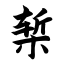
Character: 椠